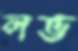
লভ